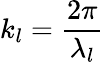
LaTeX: k_{l}=\frac{2\pi}{\lambda_{l}}